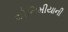
એનિમીયાની